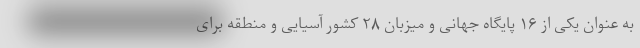
به عنوان یکی از ۱۶ پایگاه جهانی و میزبان ۲۸ کشور آسیایی و منطقه برای